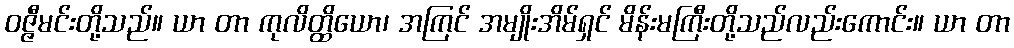
ဝဇ္ဇီမင်းတို့သည်။ ယာ တာ ကုလိတ္ထိယော၊ အကြင် အမျိုးအိမ်ရှင် မိန်းမကြီးတို့သည်လည်းကောင်း။ ယာ တာ